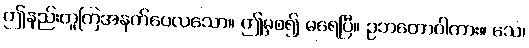
ဤနည်းတူကြအနက်ပေလသော။ ဤမှစ၍ မရေပြီ။ ဥဘတောဝါကား။ သေ၊